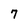
Character: 7